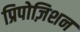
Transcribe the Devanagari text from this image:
प्रिपोज़िशन